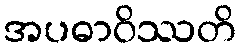
အပဓာဝိဿတိ